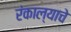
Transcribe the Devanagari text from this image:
रंकाल्याचे